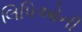
લિપિઓની